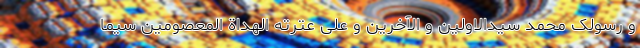
و رسولک محمد سیدالاولین و الآخرین و علی عترته الهداة المعصومین سیما